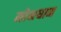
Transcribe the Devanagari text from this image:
मोक्षधाम